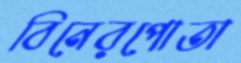
বিনেরপোতা